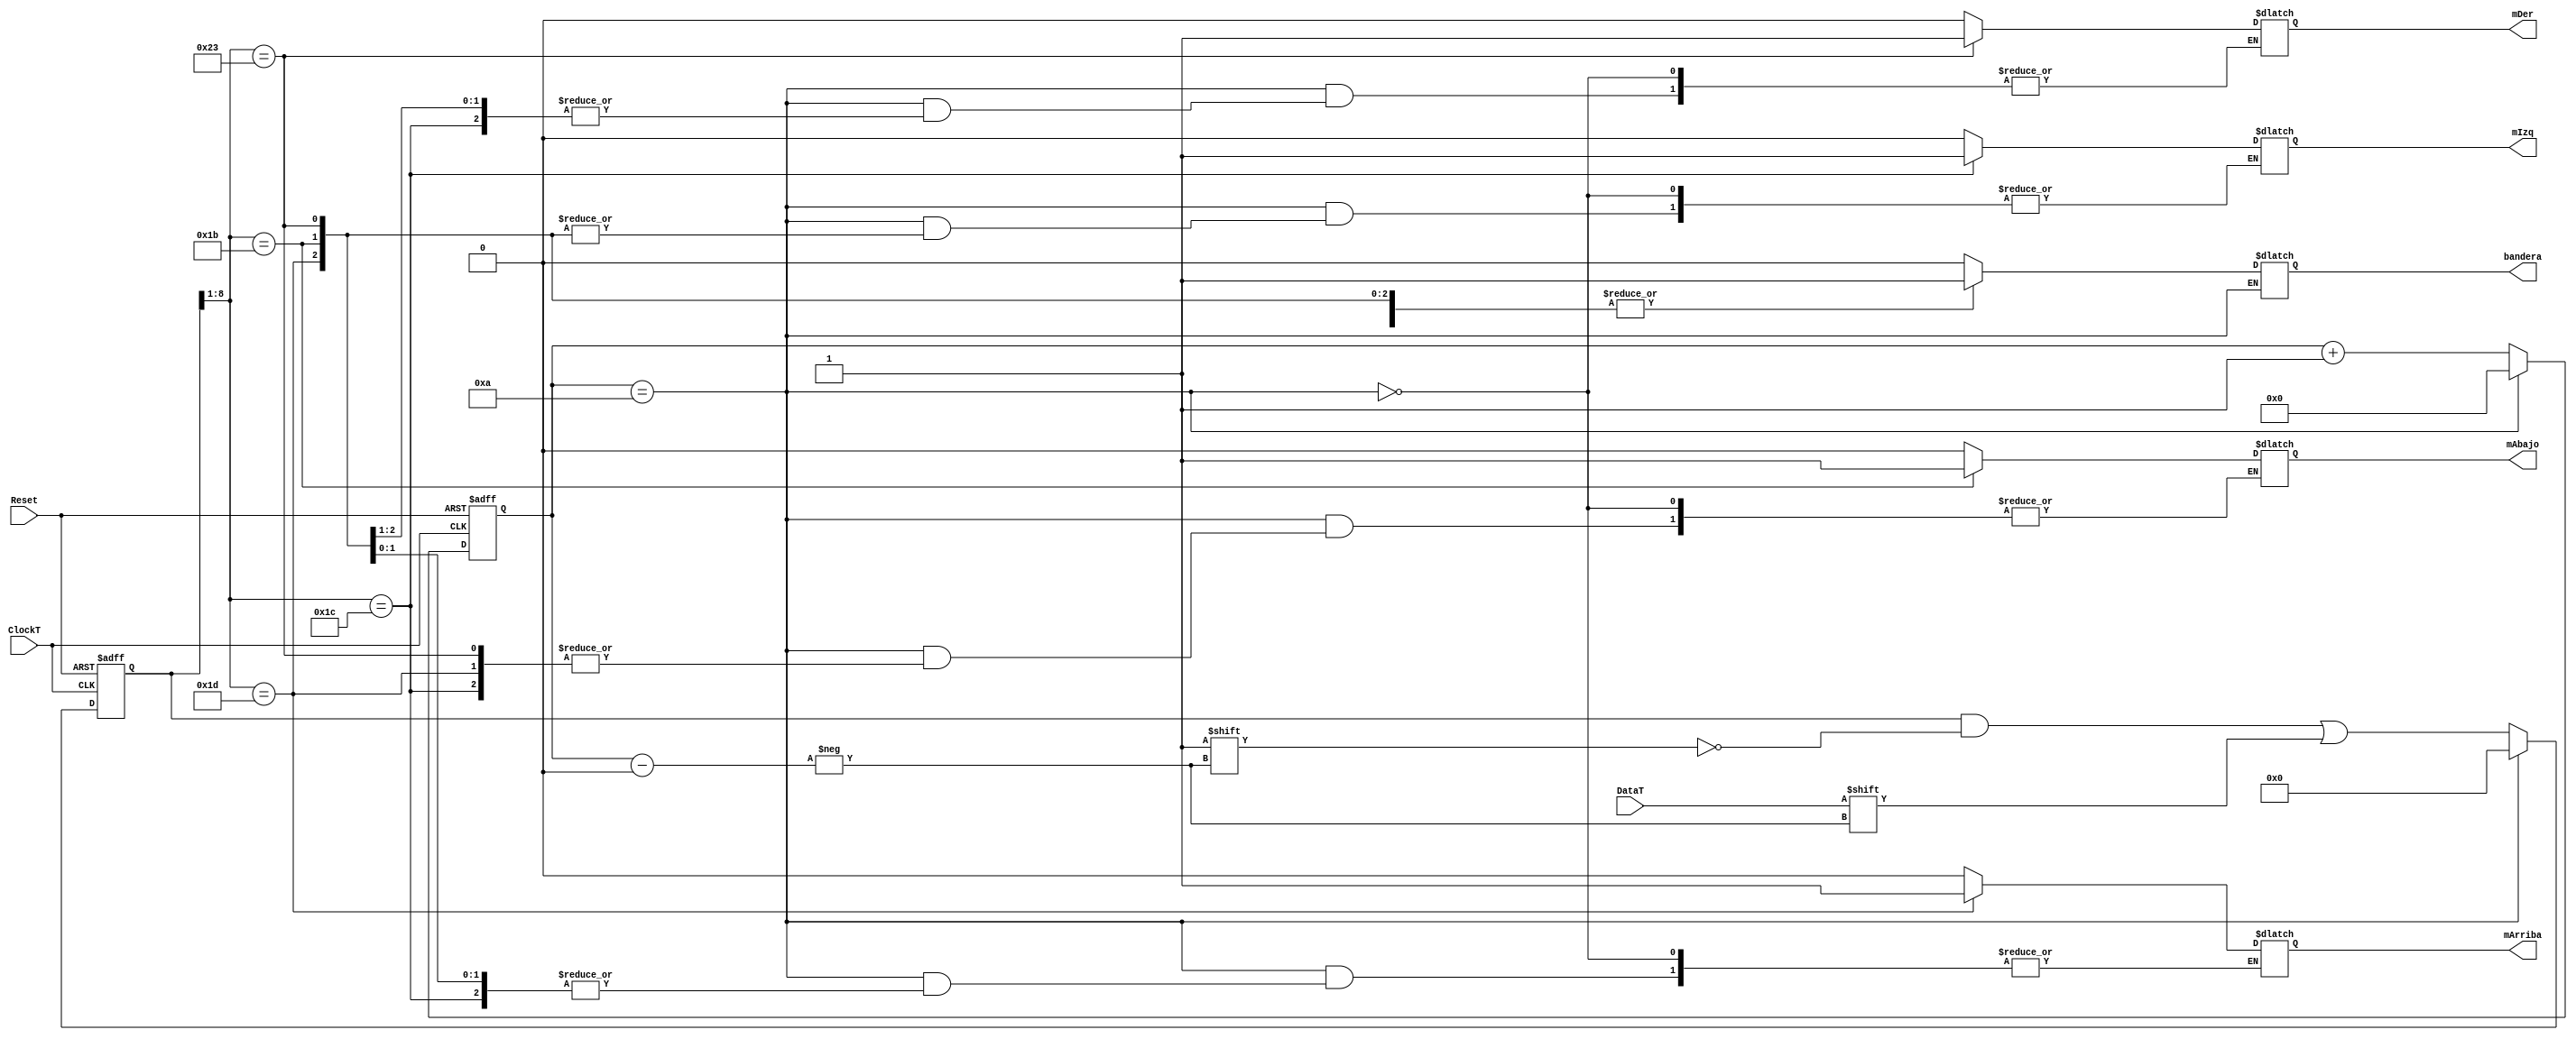
module Teclado(ClockT, DataT, Reset,mIzq,mDer,mArriba,mAbajo,bandera);

input wire ClockT;
input wire DataT;
input wire Reset;
output reg mIzq,mDer,mArriba,mAbajo,bandera;

reg [3:0] bitcount=0;
reg [10:0] dataForm=8'b0;


always @(negedge ClockT or posedge Reset) begin 
  if(Reset) begin
    bitcount<=0;
    dataForm<=0;
	end
  else if(bitcount==10) begin
     bitcount<=0;
    dataForm<=0;
  end
  else begin
	 dataForm[bitcount]<=DataT;
	 bitcount<=bitcount+1;
  end
  
end
  
always @(*) begin
	if (bitcount==10) begin
	  case(dataForm[8:1])
			8'h1D: begin
				bandera=1;
				mArriba=1;
			end
			8'h1C: begin
				bandera=1;
				mIzq=1;
			end
				8'h1B: begin
				bandera=1;
				mAbajo=1;
			end
				8'h23: begin
				bandera=1;
				mDer=1;
			end
				8'hF0: begin
				bandera=0;
				mDer=0;
				mIzq=0;
				mArriba=0;
				mAbajo=0;
			end
			default: begin
				bandera=0;
				mDer=0;
				mIzq=0;
				mArriba=0;
				mAbajo=0;
			end
		 endcase
		 end
	end
endmodule